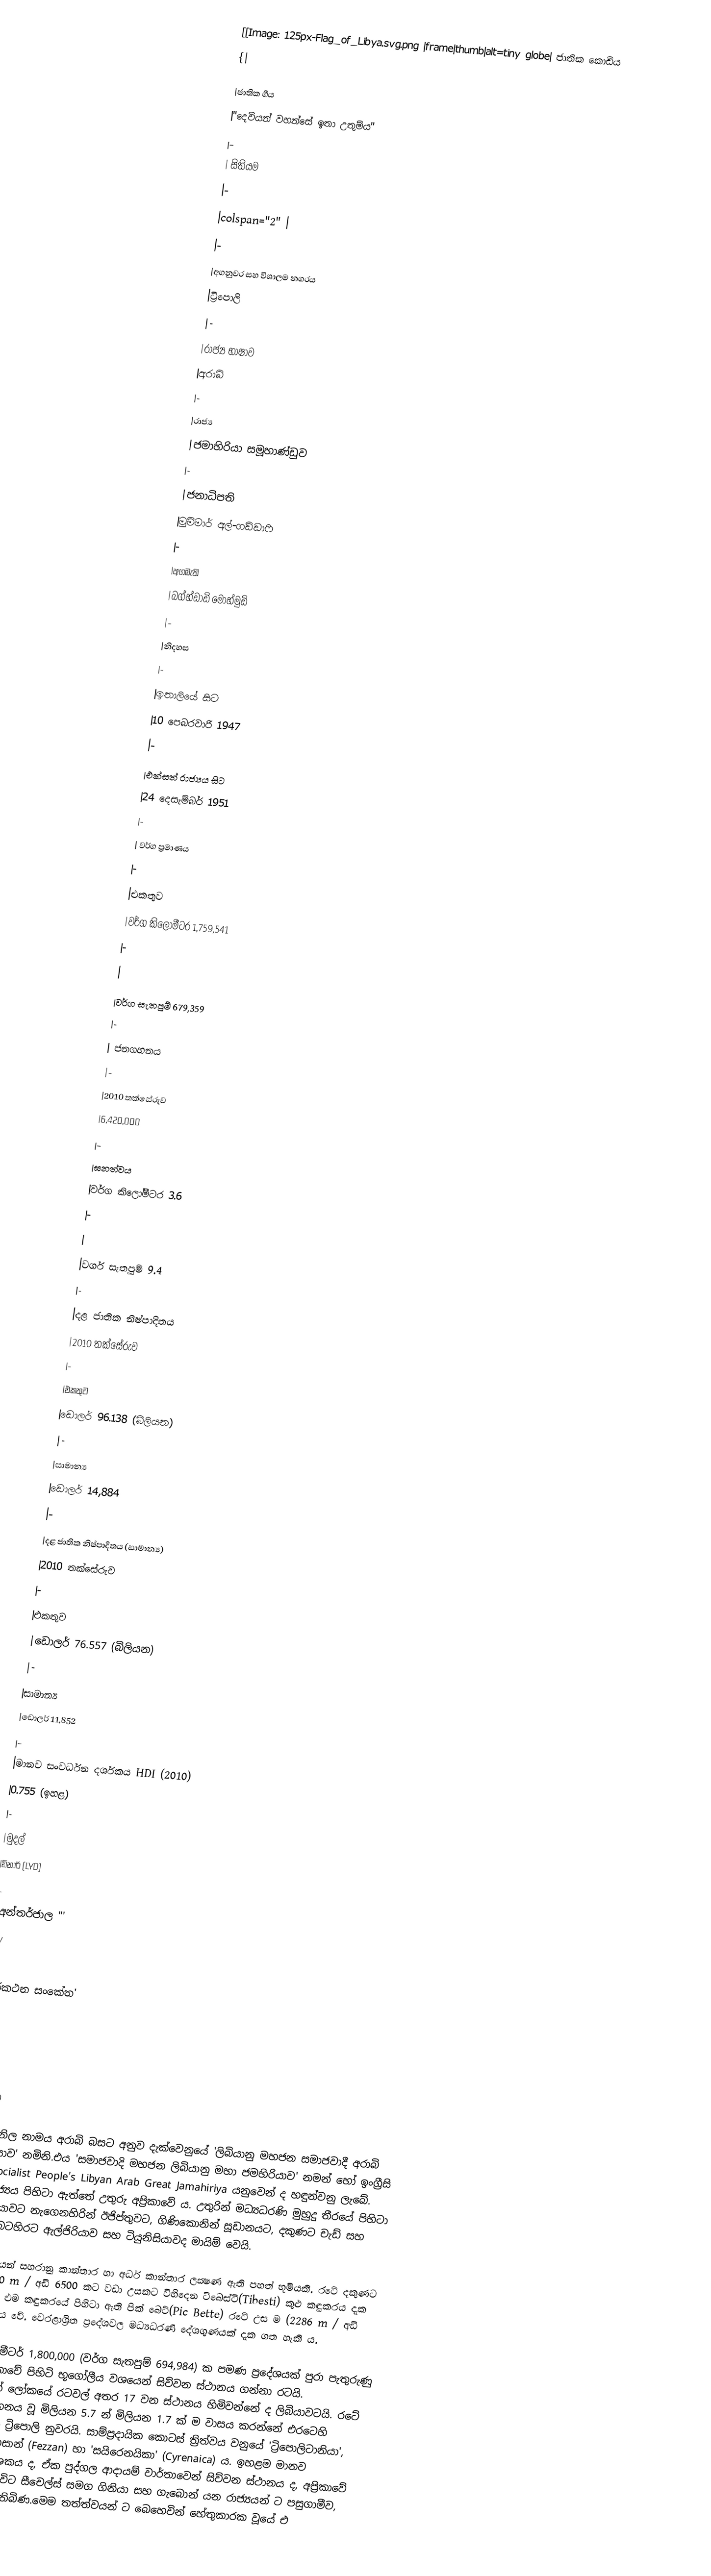
[[Image: 125px-Flag_of_Libya.svg.png |frame|thumb|alt=tiny globe|             ජාතික කොඩිය
{|

|ජාතික ගීය
|"දෙවියන් වහන්සේ ඉතා උතුම්ය"
|-
|             සිතියම
|-
|colspan="2" |
|-
|අගනුවර සහ විශාලම නගරය
|ට්‍රිපොලි
|-
|රාජ්‍ය භාෂාව
|අරාබි
|-
|රාජ්‍ය
|ජමාහිරියා සමූහාණ්ඩුව
|-
|ජනාධිපති
|මුම්මාර් අල්-ගඩ්ඩාෆි
|-
|අගමැති
|බග්හ්ඩාඩි මොහ්මුඩි
|-
|නිදහස
|-
|ඉතාලියේ සිට
|10 පෙබරවාරි 1947
|-
|එක්සත් රාජ්‍යය සිට
|24 දෙසැම්බර් 1951
|-
|       වර්ග ප්‍රමාණය
|-
|එකතුව
|වර්ග කිලෝමීටර 1,759,541
|-
|
|වර්ග සැතපුම් 679,359
|-
|            ජනගහනය
|-
|2010 තක්සේරුව
|6,420,000
|-
|ඝනත්වය
|වර්ග කිලෝමීටර 3.6
|-
|
|වර්ග සැතපුම්  9.4
|-
|දළ ජාතික නිෂ්පාදිතය
|2010 තක්සේරුව
|-
|එකතුව
|ඩොලර් 96.138 (බිලියන)
|-
|සාමාන්‍ය
|ඩොලර් 14,884
|-
|දළ ජාතික නිෂ්පාදිතය (සාමාන්‍ය)
|2010 තක්සේරුව
|-
|එකතුව
|ඩොලර් 76.557  (බිලියන)
|-
|සාමාන්‍ය
|ඩොලර් 11,852
|-
|මානව සංවර්ධන දර්ශකය HDI (2010)
|0.755 (ඉහළ)
|-
|මුදල්
|ඩිනාර් (LYD)
|-
|අන්තර්ජාල "'
|.ly
|-
|දුරකථන සංකේත'
|218
|}
]]

ලිබියාව

ලිබියා නිල නාමය අරාබි බසට අනුව දැක්වෙනුයේ 'ලිබියානු මහජන සමාජවාදී අරාබි ජමහිරියාව' නමිනි.එය 'සමාජවාදි මහජන ලිබියානු මහා ජමහිරියාව' නමන් හෝ ඉංග්‍රීසි බසින් Socialist People's Libyan Arab Great Jamahiriya යනුවෙන් ද හඳුන්වනු ලැබේ. මෙම රාජ්‍යය පිහිටා ඇත්තේ උතුරු අප්‍රිකාවේ ය. උතුරින් මධ්‍යධරණි මුහුදු තීරයේ පිහිටා ඇති ලිබියාවට නැගෙනහිරින් ඊජිප්තුවට, ගිණිකොනින් සූඩානයට, දකුණට චැඩ් සහ නයිජර්ද බටහිරට ඇල්ජිරියාව සහ ටියුනිසියාවද මායිම් වෙයි.

ප්‍රධාන වශයෙන් සහරානු කාන්තාර හා අර්ධ කාන්තාර ලක්‍ෂණ ඇති පහත් භූමියකි. රටේ දකුණට වන්නට 2000 m / අඩි 6500 කට වඩා උසකට විහිදෙන ටිබෙස්ටි(Tibesti) කුළු කඳුකරය දැක ගත හැකි ය​. එම කඳුකරයේ පිහිටා ඇති පික් බෙට්(Pic Bette) රටේ උස ම (2286 m / අඩි 7500) ස්ථානය වේ. වෙරළාශ්‍රිත ප්‍රදේශවල මධ්‍යධරණි දේශගුණයක් දැක ගත හැකි ය​.

වර්ග කිලෝ මීටර් 1,800,000 (වර්ග සැතපුම් 694,984) ක පමණ ප්‍රදේශයක් පුරා පැතුරුණු ලිබියාව, අප්‍රිකාවේ පිහිටි භූ‍ගෝලීය වශයෙන් සිව්වන ස්ථානය ගන්නා රටයි. විශාලත්වයෙන් ලෝකයේ රටවල් අතර 17 වන ස්ථානය හිමිවන්නේ ද ලිබියාවටයි. රටේ සමස්ථ ජනගහනය වූ මිලියන 5.7 න් මිලියන 1.7 ක් ම වාසය කරන්නේ එරටෙහි අගනගරය වන ට්‍රිපොලි නුවරයි. සාම්ප්‍රදායික කොටස් ත්‍රිත්වය වනුයේ 'ට්‍රිපොලිටානියා', (Tripolitania),ෆෙසාන් (Fezzan) හා 'සයිරෙනයිකා' (Cyrenaica) ය. ඉහළම මානව සංවර්ධනය දර්ශකය ද, ඒක පුද්ගල ආදායම් වාර්තාවෙන් සිව්වන ස්ථානය ද, අප්‍රිකාවේ වසර 2009 වන විට සීචෙල්ස් සමග ගිනියා සහ ගැබොන් යන රාජ්‍යයන් ට පසුගාමීව, ලිබියාවට හිමිව තිබිණ.මෙම තත්ත්වයන් ට බෙහෙවින් හේතුකාරක වූයේ එ‍